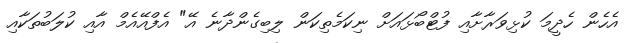
އެހެން ހެދީމަ ކުޅިވަރާށާއި ފުޓްބޯޅައަށް ނިކަމެތިކަން ލިބިގެންދާނެ އޭ" އެފްއޭއެމް އާއި ކުލަބުތަކާއި